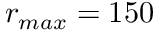
r _ { m a x } = 1 5 0